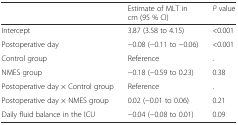
|  | Estimate of MLT in cm (95 % CI) | P value |
 | --- | --- | --- |
 | Intercept | 3.87 (3.58 to 4.15) | <0.001 |
 | Postoperative day | −0.08 (−0.11 to −0.06) | <0.001 |
 | Control group | Reference | . |
 | NMES group | −0.18 (−0.59 to 0.23) | 0.38 |
 | Postoperative day × Control group | Reference | . |
 | Postoperative day × NMES group | 0.02 (−0.01 to 0.06) | 0.21 |
 | Daily fluid balance in the ICU | −0.04 (−0.08 to 0.01) | 0.09 |